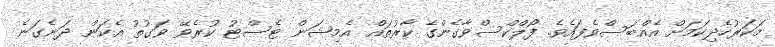
މަކަރުހެދިކަމަށް އެއްބަސްވެފައެވެ. ފޯލްކްސްވާގެންގެ ކާރުތައް އެމިޝަން ޓެސްޓު ކުރެވޭ ވަގުތު އެކަން ދަނެގަނެ